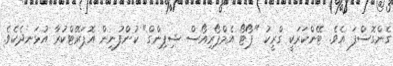
ގެންގޮސްފަ އެވެ. ޓޭންކަރަކީ ގްރީކު "ޕޯޓޯ އެމްޕޯރިއޯސް ޝިޕިންގް" ކުންފުނިން އޮޕަރޭޓްކުރާ އުޅަނދެކެވެ.